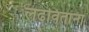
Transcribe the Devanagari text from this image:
लढवितांना